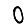
Digit: 0